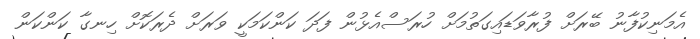
އެމަނިކުފާނު ބޭރަށް ފުރާވަޑައިގަތުމަށް ހުރަސްއެޅުން ފަދަ ކަންކަމަކީ ވަރަށް ދެރަކޮށް ހިނގާ ކަންކަން